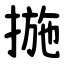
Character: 揓